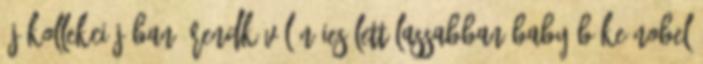
új kollekciójában: rendkívül nőies lett Lassabban baby Béke Nobel